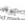
يوفر